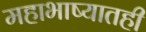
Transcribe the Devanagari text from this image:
महाभाष्यातही